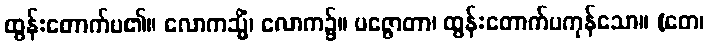
ထွန်းတောက်ပ၏။ လောကသ္မိံ၊ လောက၌။ ပဇ္ဇောတာ၊ ထွန်းတောက်ပကုန်သော။ (တေ၊